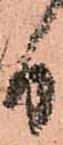
日